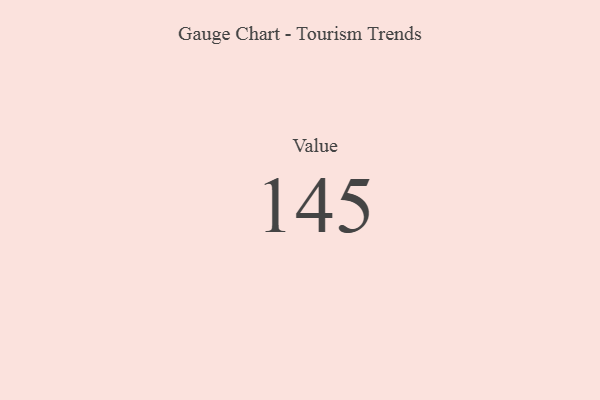
{"axis": {"x": "Metric", "y": "Value"}, "legend": [""], "data": [{"x": "Value", "y": 145, "type": ""}]}